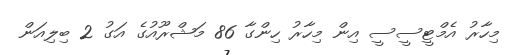
މިހާރު އެމްޓީސީސީ އިން މިހާރު ހިންގާ 86 މަޝްރޫއުގެ އަގު 2 ބިލިއަން